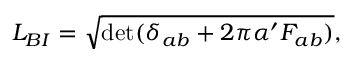
{ \cal L } _ { B I } = \sqrt { \operatorname * { d e t } ( \delta _ { a b } + 2 \pi \alpha ^ { \prime } F _ { a b } ) } ,